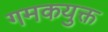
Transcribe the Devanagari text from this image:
गमकयुक्त